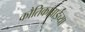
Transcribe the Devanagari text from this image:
कौतिकाबाईंच्या